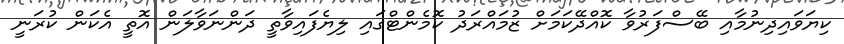
ކިޔަވައިދިނުމާއި ބޭސްފަރުވާ ކޮއްދޭކަމަށް ޒުމައްރަދު ކޮމެންޓްގައި ލިޔެފައިވާތީ ދަންނަވާލަން އޮތީ އެކަން ކުރަނީ